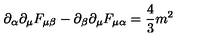
\partial _ { \alpha } \partial _ { \mu } F _ { \mu \beta } - \partial _ { \beta } \partial _ { \mu } F _ { \mu \alpha } = { \frac { 4 } { 3 } } m ^ { 2 }